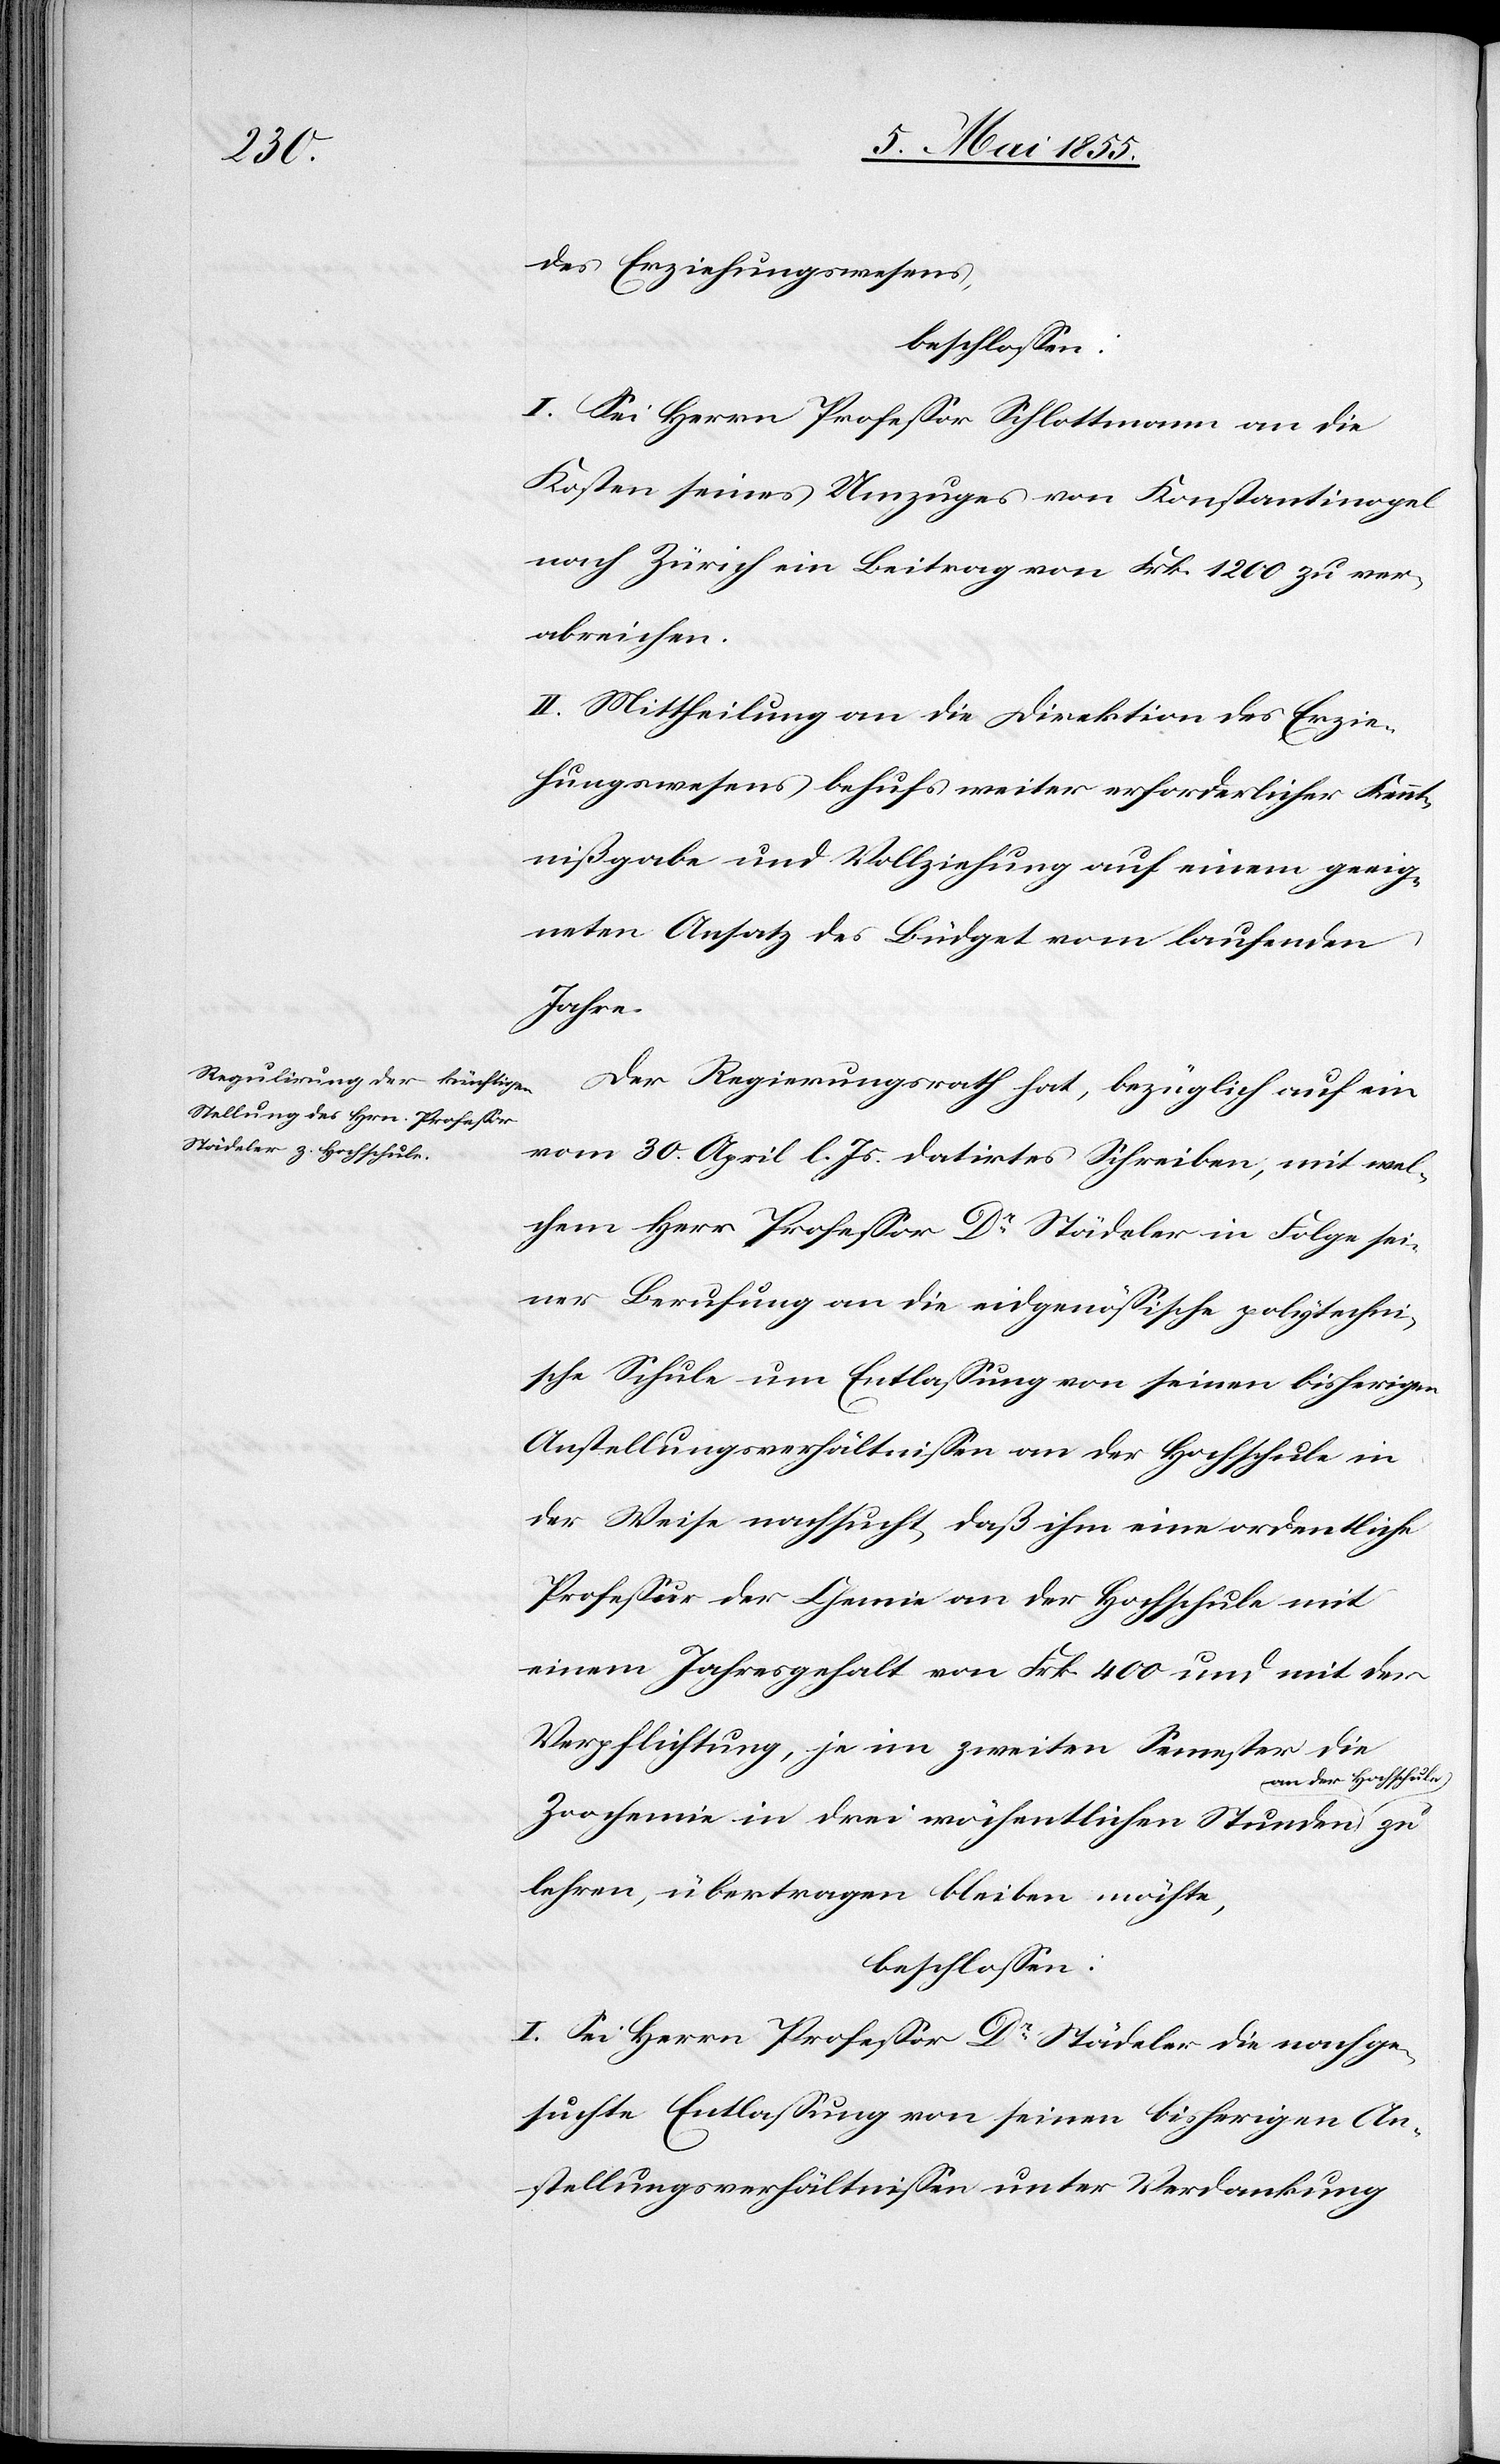
des Erziehungswesens,
beschlossen:
I. Sei Herrn Professor Schlottmann an die
Kosten seines Umzuges von Konstantinopel
nach Zürich ein Beitrag von Frk. 1200 zu ver¬
abreichen.
II. Mittheilung an die Direktion des Erzie¬
hungswesens behufs weiter erforderlicher Kennt¬
nißgabe und Vollziehung auf einem geeig¬
neten Ansatz des Büdget vom laufenden
Jahre.
Der Regierungsrath hat, bezüglich auf ein
vom 30. April l. Js. datirtes Schreiben, mit wel¬
chem Herr Professor Dr Städeler in Folge sei¬
ner Berufung an die eidgenössische polytechni¬
sche Schule um Entlassung von seinen bisherigen
Anstellungsverhältnissen an der Hochschule in
der Weise nachsucht, daß ihm eine ordentliche
Professur der Chemie an der Hochschule mit
einem Jahresgehalt von Frk. 400 und mit der
Verpflichtung, je im zweiten Semester die
an der Hochschule
Zoochemie in drei wöchentlichen Stunden
lehren, übertragen bleiben möchte,
beschlossen:
I. Sei Herrn Professor Dr Städeler die nachge¬
suchte Entlassung von seinen bisherigen An¬
stellungsverhältnissen unter Verdankung